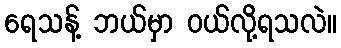
ရေသန့် ဘယ်မှာ ဝယ်လို့ရသလဲ။